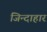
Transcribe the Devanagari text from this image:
जिन्दाहार